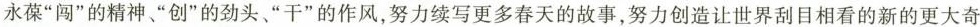
永葆”闯”的精神、”创”的劲头、”干”的作风，努力续写更多春天的故事，努力创造让世界刮目相看的新的更大奇